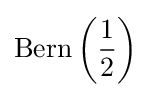
{\text{Bern}}\left({\frac {1}{2}}\right)